Annual administration report of the Bombay Presidency - 1887-1892
Year: 1887
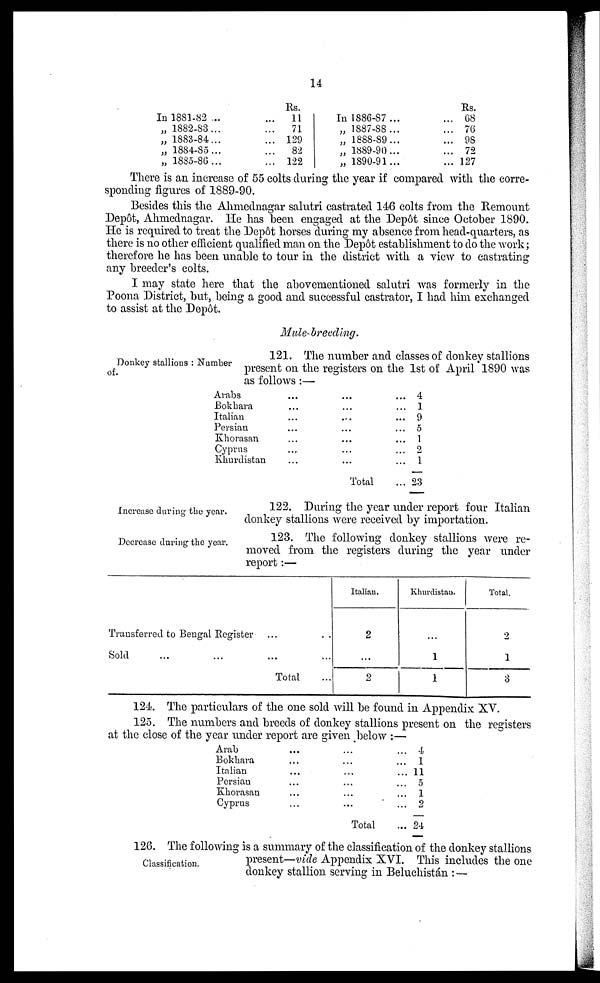
14
In 1881-82 ...
„ 1882-83...
„ 1883-84...
„ 1884-85...
„ 1885-86...
Rs.
...
11
... 71
... 129
...
82
... 122
In 1886-87...
„ 1887-88...
„ 1888-89...
„ 1889-90...
„ 1890-91...
Rs.
... 68
... 76
... 98
... 72
... 127
There is an increase of 55 colts during the year if compared with the corre-
sponding figures of 1889-90.
Besides this the Ahmednagar salutri castrated 146 colts from the Remount
Depôt, Ahmednagar. He has been engaged at the Depôt since October 1890.
He is required to treat the Depôt horses during my absence from head-quarters, as
there is no other efficient qualified man on the Depôt establishment to do the work;
therefore he has been unable to tour in the district with a view to castrating
any breeder's colts.
I may state here that the abovementioned salutri was formerly in the
Poona District, but, being a good and successful castrator, I had him exchanged
to assist at the Depôt.
Mule-breeding.
Donkey stallions : Number
of.
121. The number and classes of donkey stallions
present on the registers on the 1st of April 1890 was
as follows :—
Arabs
Bokhara
Italian
Persian
Khorasan
Cyprus
Khurdistan
...
...
...
...
...
...
...
...
...
...
...
...
...
...
Total
...
...
...
...
...
...
...
...
4
1
9
5
1
2
1
23
Increase during the year.
122. During the year under report four Italian
donkey stallions were received by importation.
Decrease during the year.
123. The following donkey stallions were re-
moved from the registers during the year under
report:—
Transferred to Bengal Register
Sold ... ...
...
...
Total
..
...
...
Italian.
2
...
2
Khurdistan.
...
1
1
Total.
2
1
3
124. The particulars of the one sold will be found in Appendix XV.
125. The numbers and breeds of donkey stallions present on the registers
at the close of the year under report are given below :—
Arab
Bokhara
Italian
Persian
Khorasan
Cyprus
...
...
...
...
...
...
...
...
...
...
...
...
Total
... 4
... 1
... 11
... 5
... 1
... 2
... 24
Classification.
126. The following is a summary of the classification of the donkey stallions
present—vide Appendix XVI. This includes the one
donkey stallion serving in Beluchistán : —